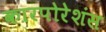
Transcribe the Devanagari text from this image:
कारपोरेशंस